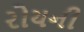
રોયની